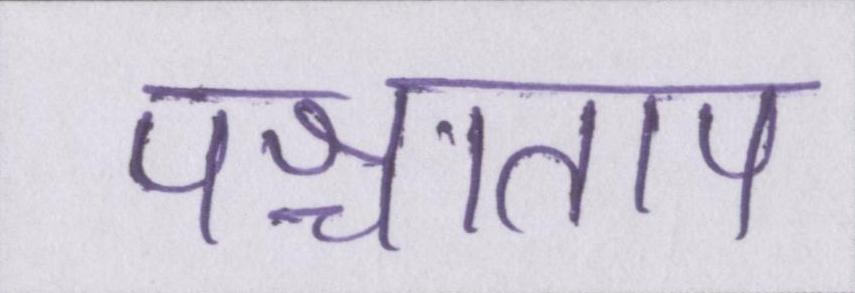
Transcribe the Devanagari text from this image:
पश्चाताप